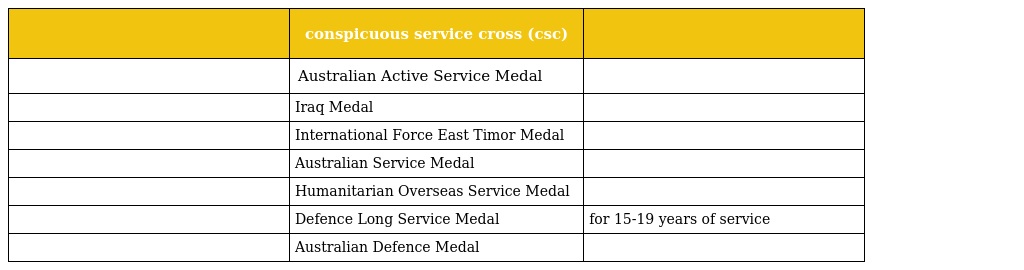
|  | conspicuous service cross (csc) |  |
 | --- | --- | --- |
 |  | Australian Active Service Medal |  |
 |  | Iraq Medal |  |
 |  | International Force East Timor Medal |  |
 |  | Australian Service Medal |  |
 |  | Humanitarian Overseas Service Medal |  |
 |  | Defence Long Service Medal | for 15-19 years of service |
 |  | Australian Defence Medal |  |